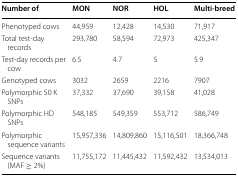
<table><thead><tr><td><b>Number of</b></td><td><b>MON</b></td><td><b>NOR</b></td><td><b>HOL</b></td><td><b>Multi-breed</b></td></tr></thead><tbody><tr><td>Phenotyped cows</td><td>44,959</td><td>12,428</td><td>14,530</td><td>71,917</td></tr><tr><td>Total test-day records</td><td>293,780</td><td>58,594</td><td>72,973</td><td>425,347</td></tr><tr><td>Test-day records per cow</td><td>6.5</td><td>4.7</td><td>5</td><td>5.9</td></tr><tr><td>Genotyped cows</td><td>3032</td><td>2659</td><td>2216</td><td>7907</td></tr><tr><td>Polymorphic 50 K SNPs</td><td>37,332</td><td>37,690</td><td>39,158</td><td>41,028</td></tr><tr><td>Polymorphic HD SNPs</td><td>548,185</td><td>549,359</td><td>553,712</td><td>586,749</td></tr><tr><td>Polymorphic sequence variants</td><td>15,957,336</td><td>14,809,860</td><td>15,116,501</td><td>18,366,748</td></tr><tr><td>Sequence variants (MAF ≥ 2%)</td><td>11,755,172</td><td>11,445,432</td><td>11,592,432</td><td>13,534,013</td></tr></tbody></table>